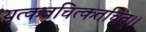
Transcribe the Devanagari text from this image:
यत्कवचित्कतचित्।।